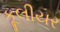
કૂલીયર